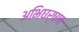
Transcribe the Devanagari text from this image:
अभिघर्षण